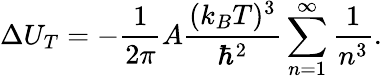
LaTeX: \Delta U_{T}=-{\frac{1}{2\pi}}A{\frac{(k_{B}T)^{3}}{\hbar^{2}}}\sum_{n=1}^{\infty}{\frac{1}{n^{3}}}.